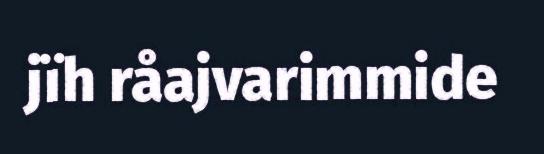
jïh råajvarimmide